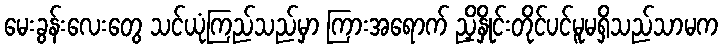
မေးခွန်းလေးတွေ သင်ယုံကြည်သည်မှာ ကြားအရောက် ညှိနှိုင်းတိုင်ပင်မူမရှိသည်သာမက